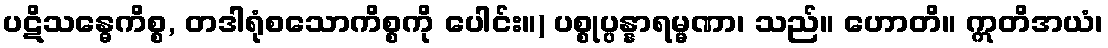
ပဋိသန္ဓေကိစ္စ, တဒါရုံစသောကိစ္စကို ပေါင်း။) ပစ္စုပ္ပန္နာရမ္မဏာ၊ သည်။ ဟောတိ။ ဣတိအယံ၊